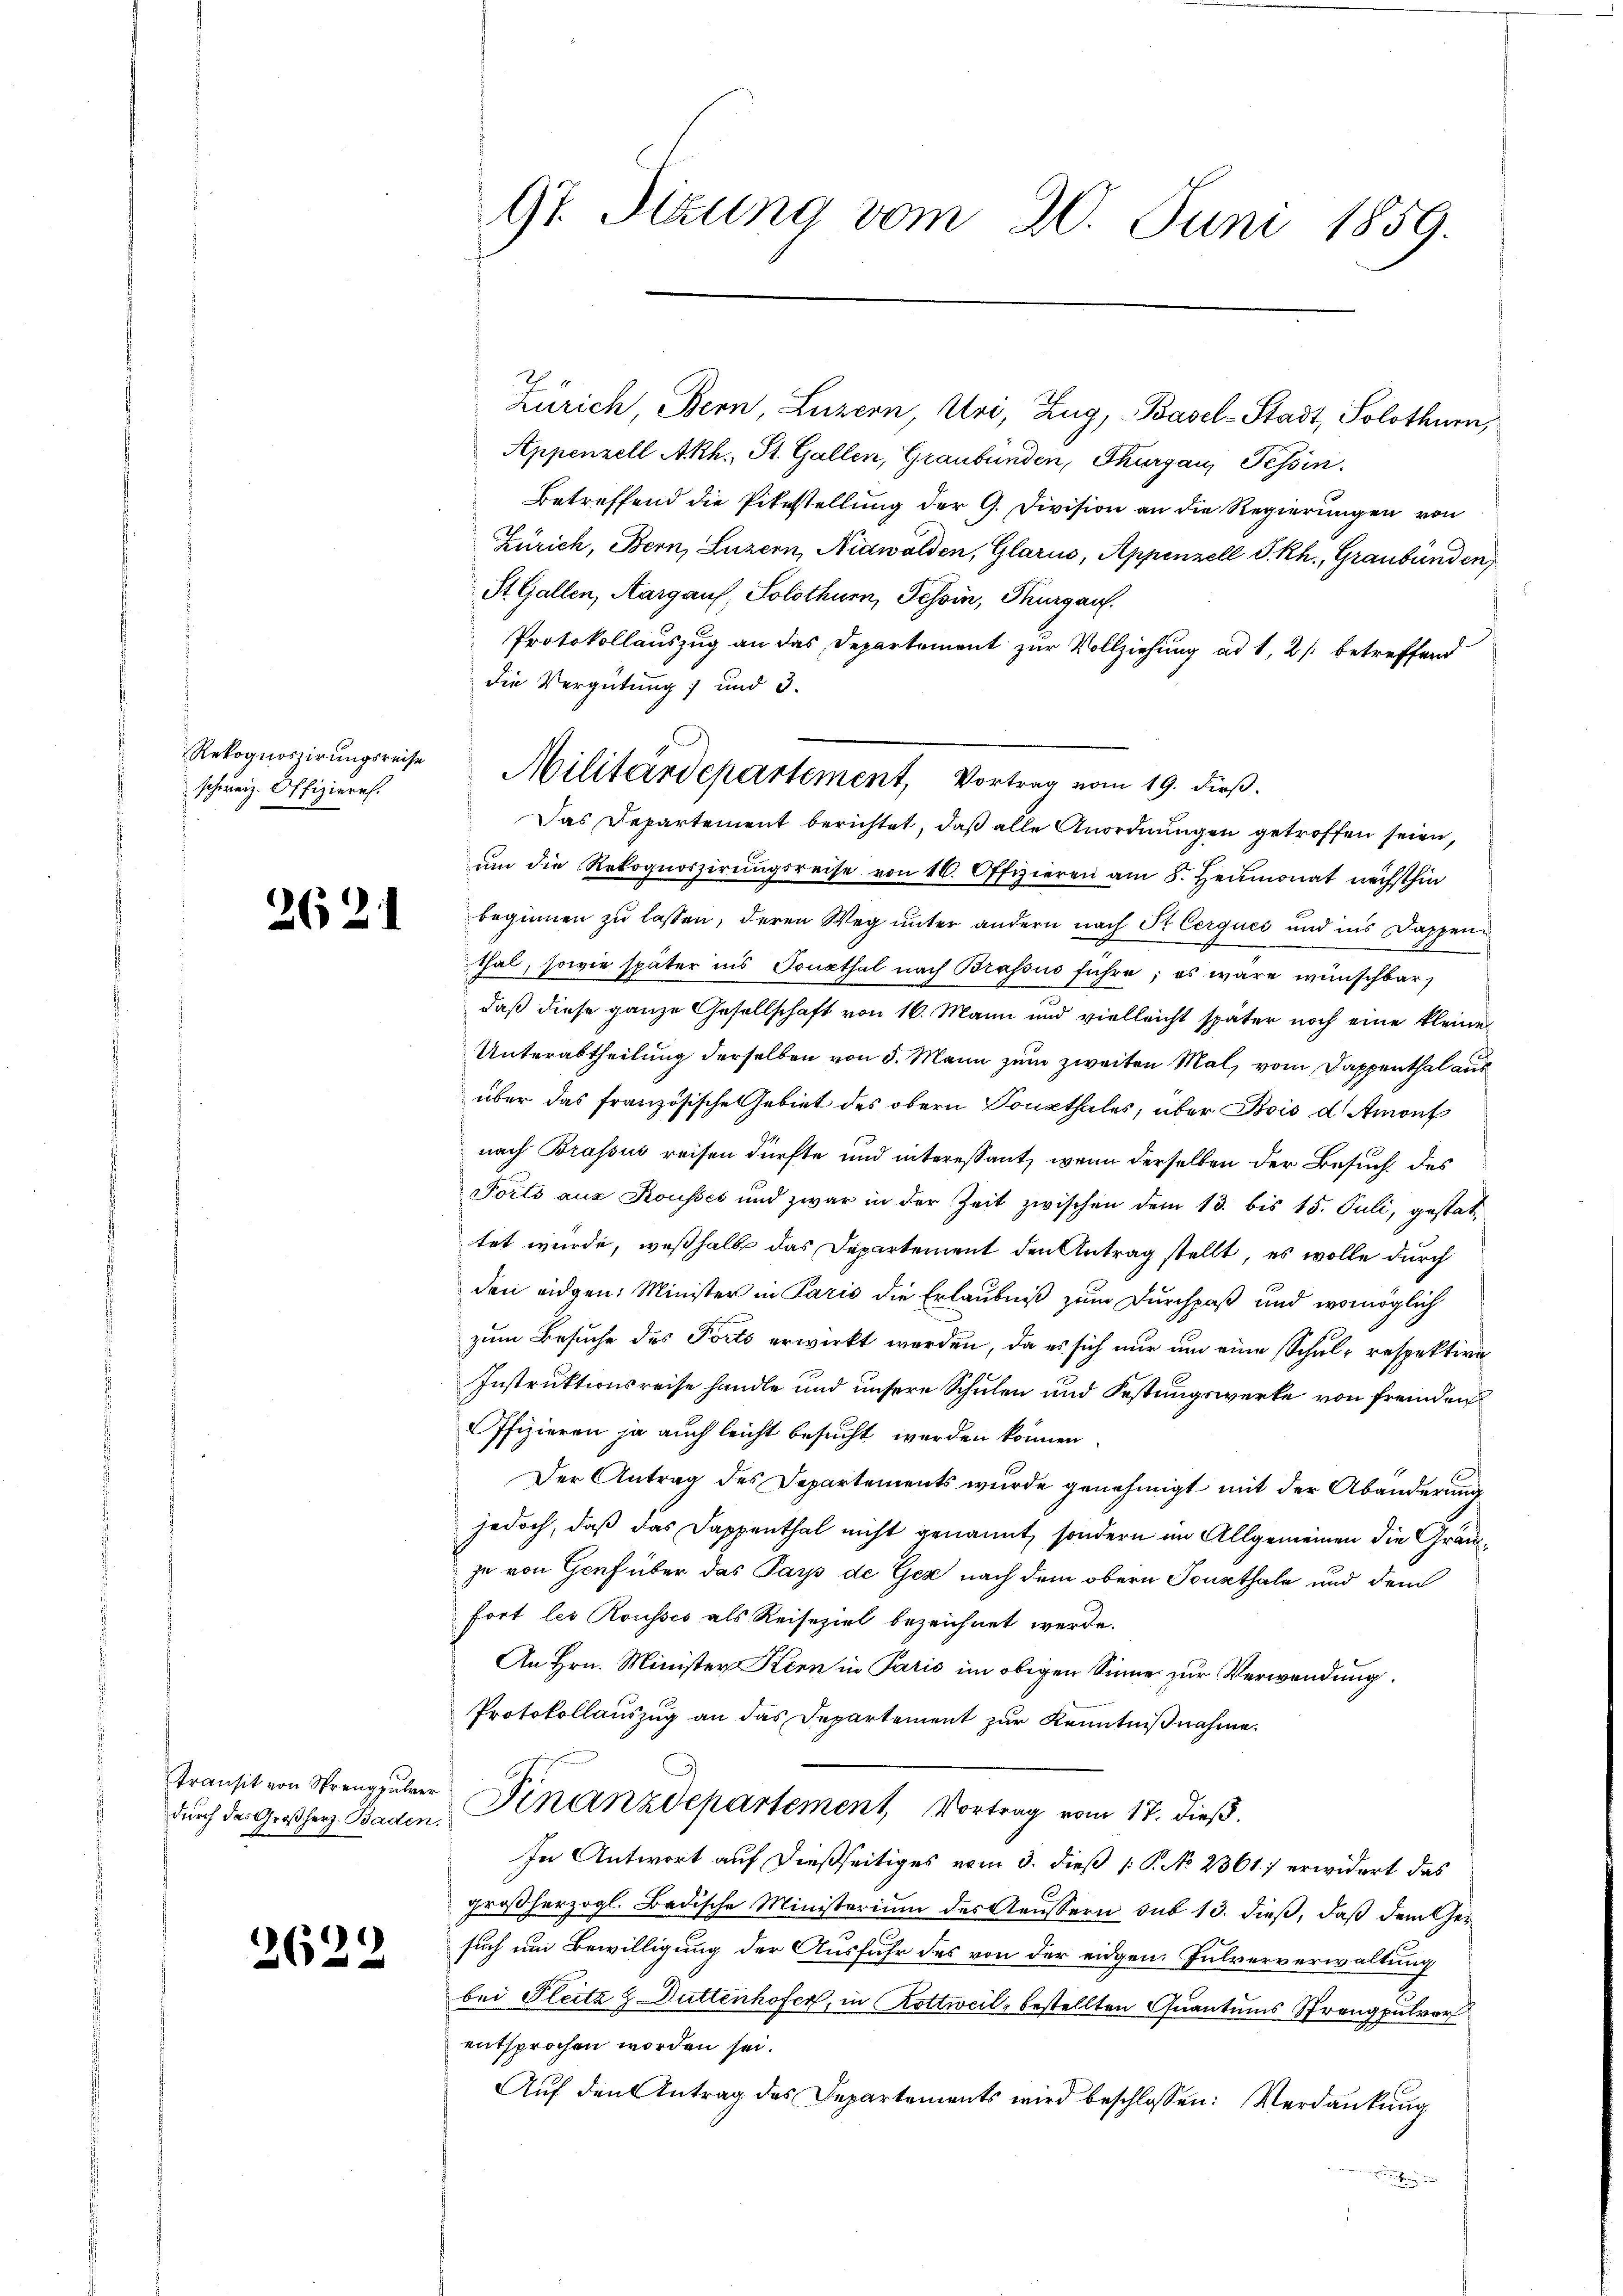
Rekognoszirungsreise
schweiz. Offizieres.

2621

transit von Streng führer
durch das Großherz- Baden.

2622

97. Sitzung vom 20. Juni 1859.

Zürich Bern Luzern, Uri, Zug, Basel-Stadt, Solothurn,
Appenzell Akh., St. Gallen, Graubünden, Thurgau, Tessin.
Betreffend die Pitestellung der G. Division an die Regierungen von
Zürich, Bern, Luzern, Nidwalden, Glarus, Appenzell P. Rh., Graubünden,
St. Gallen, Aargaus, Solothurn, Tessin, Thurgau.
Protokollauszug an das Departement zur Vollziehung ad 1, 2 /: betreffend
die Vergütung und 3.
Das Departement berichtet, daß alle Anordnungen getroffen seien,
ŭm die Rekognoszirungsreise von 16. Offizieren am 8. Heumonat nächsthin
beginnen zu lassen, deren Weg unter andern nach St. Cerques und ins Dappen
thal, sowie später ins Sonathal nach Brassus führe; es wäre wünschbar
daß diese ganze Gesellschaft von 16. Mann und vielleicht später noch eine kleine
Unterabtheilung derselben von 5. Mann zum zweiten Mal, vom Dappenthal aus
über das französische Gebiet des obern Sonsthales, über Bois d Amont
nach Brassus reisen dürfte und interessant, wenn derselben der Besuch des
Forts aus Kousses und zwar in der Zeit zwischen dem 13. bis 15. Juli, gestat-
tet wurde, weßhalb das Departement den Antrag stellt, es wolle durch
den eidgen: Minister in Paris die Erlaubniß zum Durchpaß und womöglich
zum Besuche des Porto erwirkt werden, da es sich nur um eine Schul- respektire
Instruktionsreise handle und unsere Schulen und Festungswerke von fremden
Offizieren ja auch leicht besucht werden können
Der Antrag des Departements wurde genehmigt mit der Abänderung
jedoch, daß das Dappenthal nicht genannt, sondern im Allgemeinen die Gräuzu von Genf über das Pays de Gez nach dem obern Sonsthale und dem
fort les Rousses als Reiseziel bezeichnet werde.
An Hrn. Minister Stern in Paris im obigen Sinne zur Verwendung.
Protokollauszug an das Departement zur Kenntnißnahme.
Finanzdepartement, Vortrag vom 17. dieß.
In Antwort auf dießseitiges vom 3. dieß [ P. No 2361 erwidert das
großherzogl. Badische Ministerium des Aeussern sub 13. dieß, daß dem Gesuch um Bewilligung der Ausfuhr des von der eidgen. Fulververwaltung
bei Pleitz & Duttenhofer, in Kottweil, bestellten Quantums Strangpulver
entsprochen worden sei.
Aŭf den Antrag des Departements wird beschlossen: Verdankŭng
B

Militärdepartement, Vortrag vom 19. dieß.